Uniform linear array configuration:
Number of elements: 16
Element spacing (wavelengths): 1
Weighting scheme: uniform
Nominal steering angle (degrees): -45
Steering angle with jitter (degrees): -45.357
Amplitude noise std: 0.05
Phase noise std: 0.05

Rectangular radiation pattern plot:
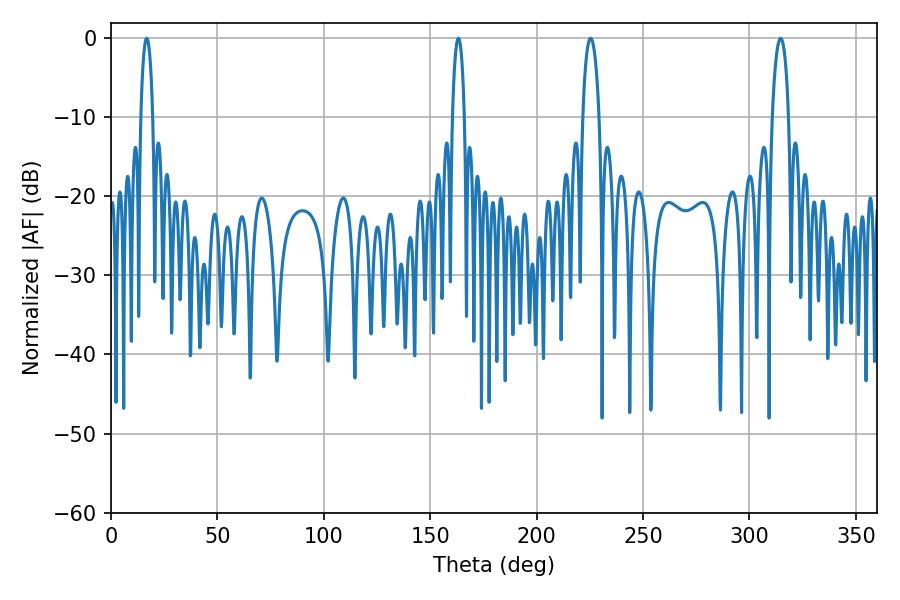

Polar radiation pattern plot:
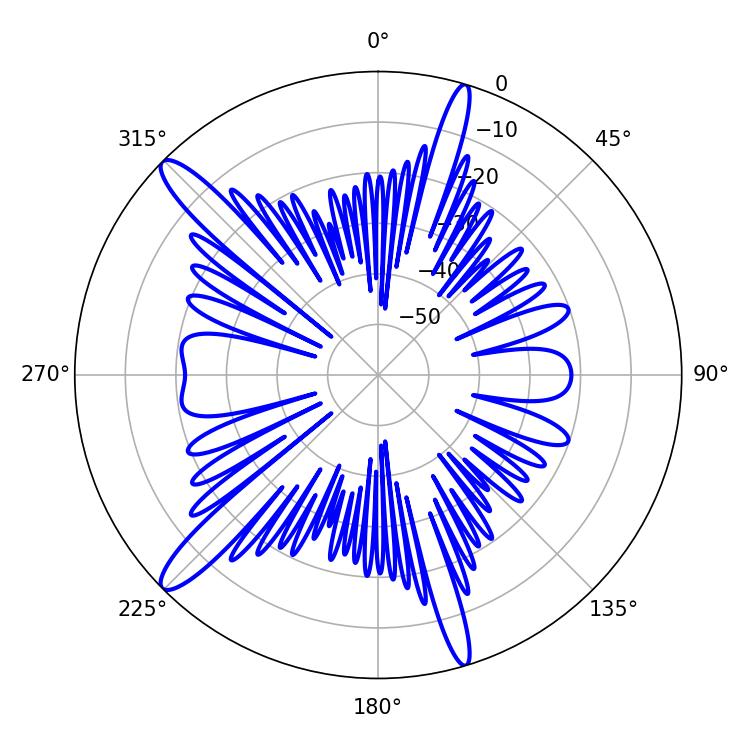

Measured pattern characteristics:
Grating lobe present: TRUE
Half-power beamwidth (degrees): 4.32
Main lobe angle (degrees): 225.36